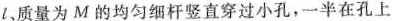
l、质量为M的均匀细杆竖直穿过小孔，半在孔上